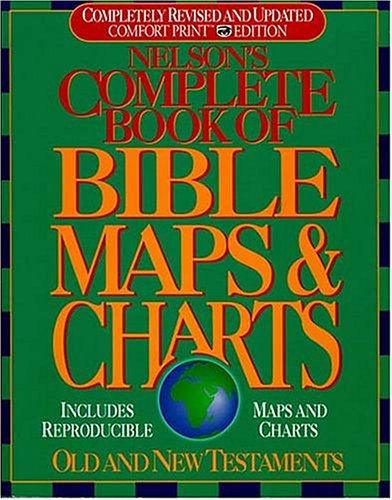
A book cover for Nelson's Complete Book of Bible Maps and Charts: All the Visual Bible Study Aids and Helps in One Key Resource-Fully Reproducible; Thomas Nelson; Christian Books & Bibles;